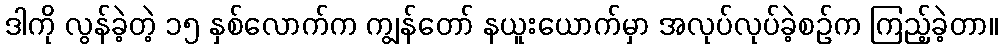
ဒါကို လွန်ခဲ့တဲ့ ၁၅ နှစ်လောက်က ကျွန်တော် နယူးယောက်မှာ အလုပ်လုပ်ခဲ့စဉ်က ကြည့်ခဲ့တာ။